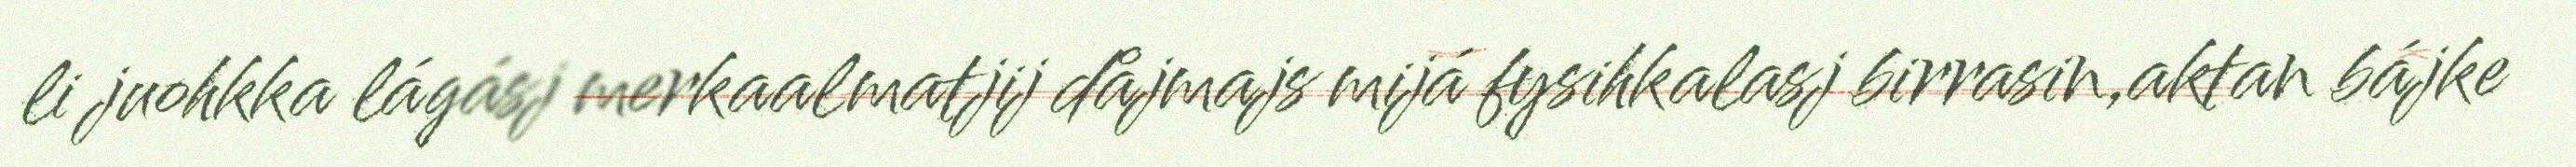
li juohkka lágásj merkaalmatjij dåjmajs mijá fysihkalasj birrasin,aktan bájke